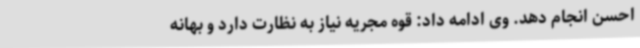
احسن انجام دهد. وی ادامه داد: قوه مجریه نیاز به نظارت دارد و بهانه